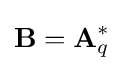
\mathbf {B} =\mathbf {A} _{q}^{*}